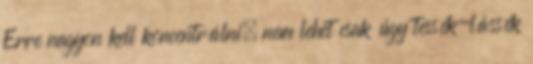
Erre nagyon kell koncentrálni, nem lehet csak úgy tessék-lássék